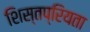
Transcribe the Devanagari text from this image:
शिस्तप्रियता